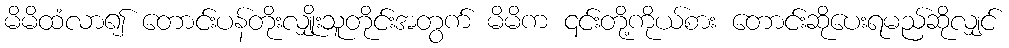
မိမိထံလာ၍ တောင်းပန်တိုးလျှိုးသူတိုင်းအတွက် မိမိက ၎င်းတို့ကိုယ်စား တောင်းဆိုပေးရမည်ဆိုလျှင်